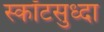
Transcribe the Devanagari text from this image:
स्कॉटसुध्दा